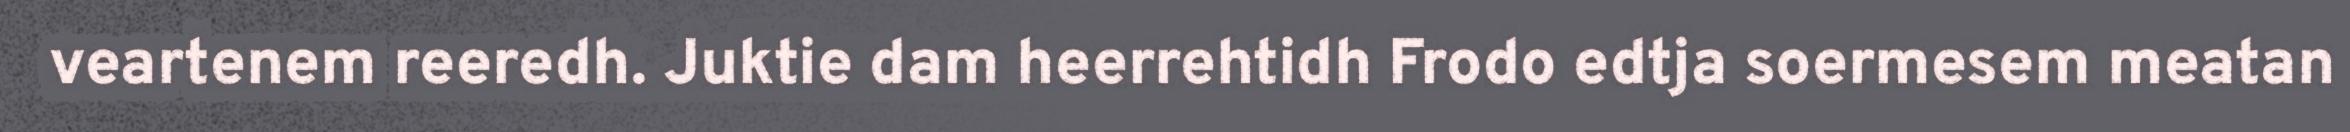
veartenem reeredh. Juktie dam heerrehtidh Frodo edtja soermesem meatan